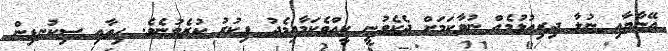
އޭނާޔާއި ނުލާ ދިރިއުޅުމެއް ނުވާކަމަށް ދެކެވުނީ ކީއްވެކަމާއިމެދު ފިކުރު ކުރެވުނެވެ. ހިތާއި ސިކުނޑިން